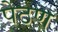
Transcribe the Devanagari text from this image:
पेठण